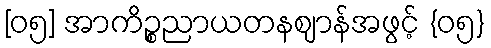
[၀၅] အာကိဉ္စညာယတနဈာန်အဖွင့် {၀၅}